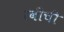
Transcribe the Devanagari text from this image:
रवीची